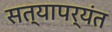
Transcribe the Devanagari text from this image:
सत्यापर्यंत